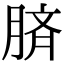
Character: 𦜝